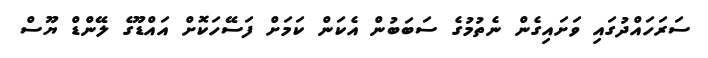
ސަރަހައްދުގައި ވަށައިގެން ނެތުމުގެ ސަބަބުން އެކަން ކަމަށް ފަސޭހަކޮށް އައްޑޫގެ ލޭންޑް ޔޫސް